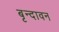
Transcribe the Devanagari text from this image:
बृन्दावन